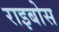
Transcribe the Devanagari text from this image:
राइबोस